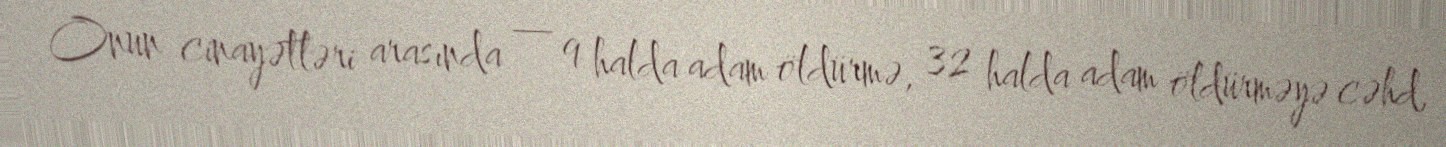
Onun cinayətləri arasında — 9 halda adam öldürmə, 32 halda adam öldürməyə cəhd,